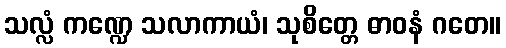
သလ္လံ ကဏ္ဍေ သလာကာယံ၊ သုစိတ္တေ ဓာဝနံ ဂတေ။